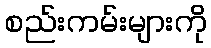
စည်းကမ်းများကို